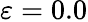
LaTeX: \varepsilon=0.0